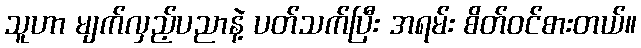
သူဟာ မျက်လှည့်ပညာနဲ့ ပတ်သက်ပြီး အရမ်း စိတ်ဝင်စားတယ်။